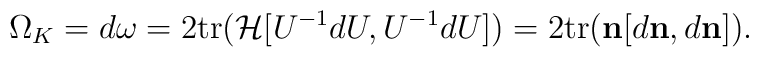
\Omega_K =  d\omega = 2{\rm tr}({\cal H}[U^{-1}dU,U^{-1}dU]) = 2{\rm tr}({\bf n} [d{\bf n},d{\bf n}]).